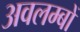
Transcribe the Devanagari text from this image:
अवलम्बों